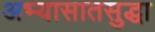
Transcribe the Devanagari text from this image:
अभ्यासातसुद्धा